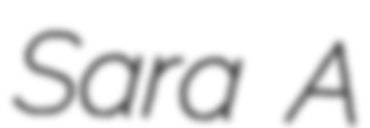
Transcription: Sara A